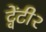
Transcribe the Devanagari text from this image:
ट्वेंटी२